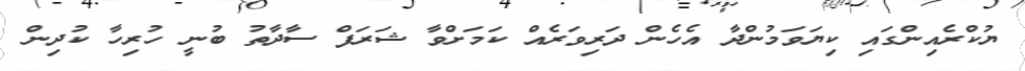
ޔުކްރެއިންގައި ކިޔަވަމުންދާ އެހެން ދަރިވަރެއް ކަމަށްވާ ޝަރަފް ސާދާތު ބުނީ ހުރިހާ ކުދިން